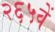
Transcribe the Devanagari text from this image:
२६५वें